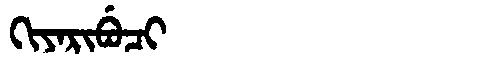
Manchu: ᡴᡳᠶᠠᡵᡳᠪᡠᠴᡳ
Romanization: KIYARIBUCI